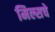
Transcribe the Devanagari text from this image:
मिल्सचे